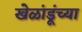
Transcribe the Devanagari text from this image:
खेळांडूंच्या